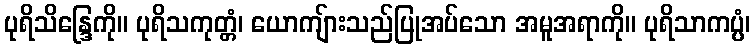
ပုရိသိန္ဒြေကို။ ပုရိသကုတ္တံ၊ ယောကျ်ားသည်ပြုအပ်သော အမူအရာကို။ ပုရိသာကပ္ပံ၊